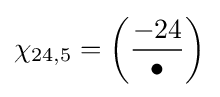
\chi _{24,5}=\left({\frac {-24}{\bullet }}\right)